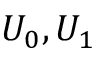
U _ { 0 } , U _ { 1 }